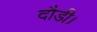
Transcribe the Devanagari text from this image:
दौडी।